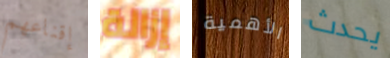
إقناعهم إزالة الأهمية يحدث